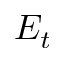
E _ { t }